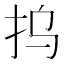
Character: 𰓆